DOW-UAP-D48, Department of the Air Force Report, 1996
Agency: Department of War
Incident date: 9/10/96
Page 78
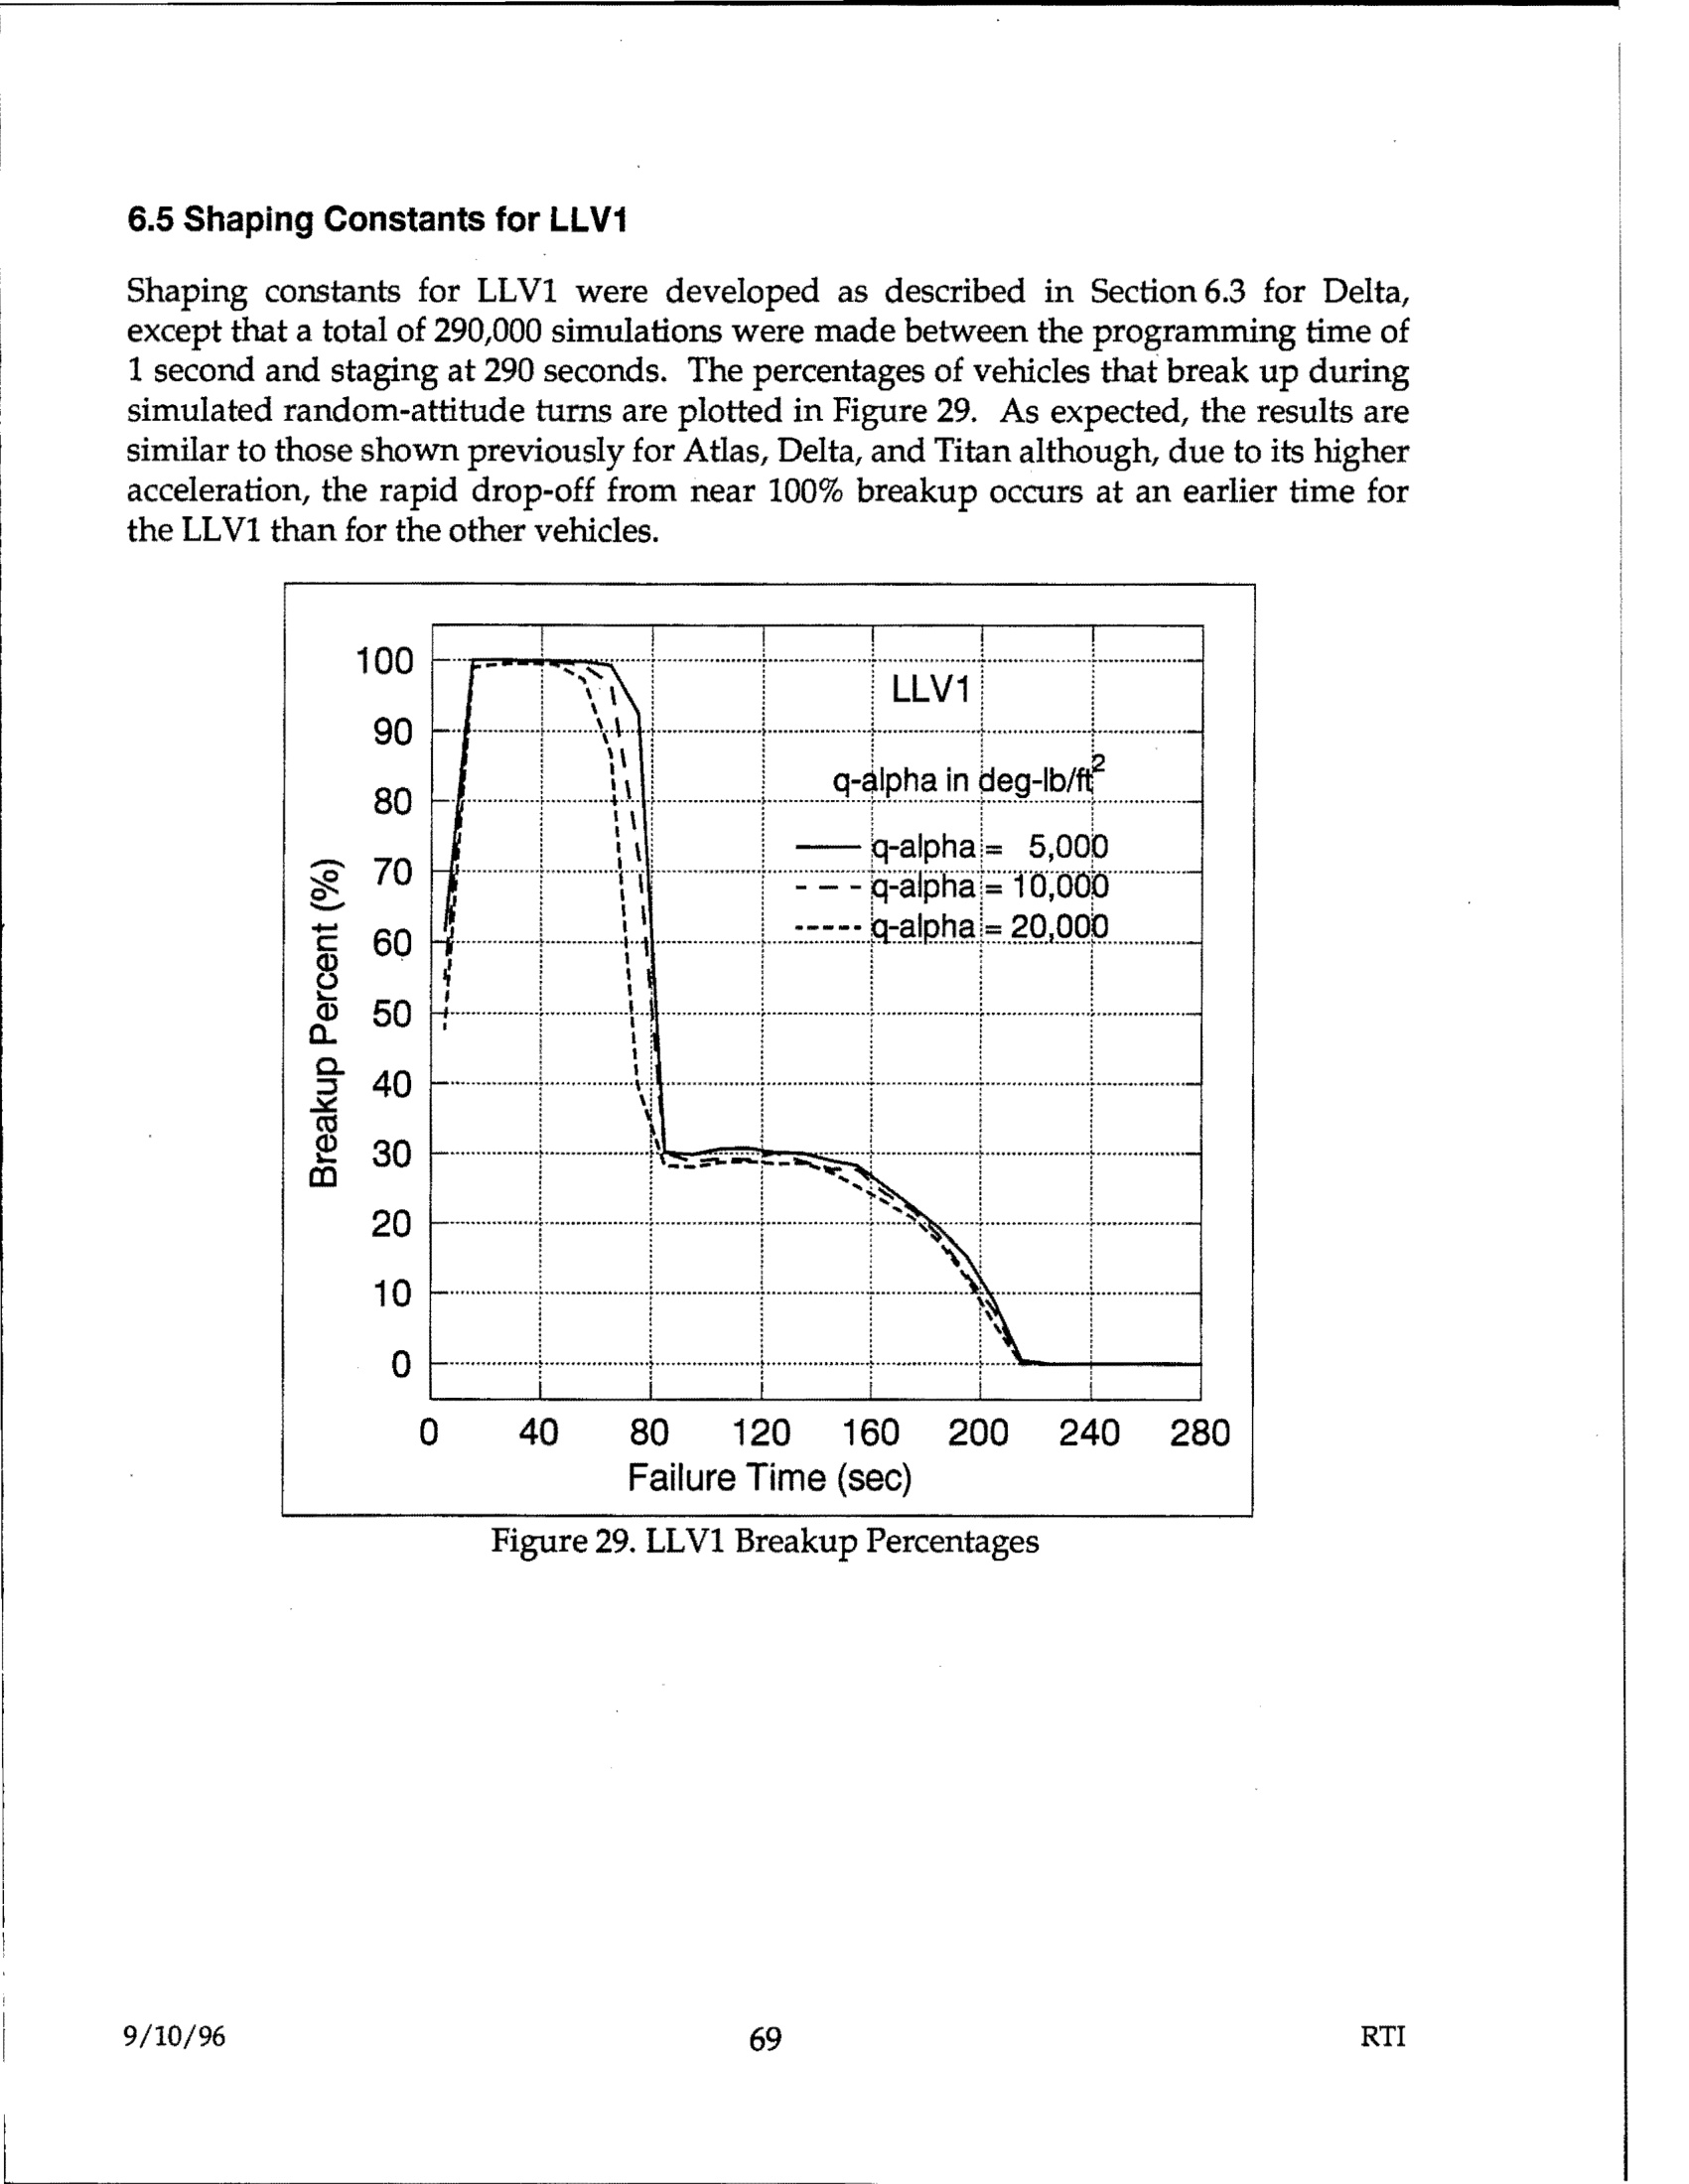